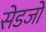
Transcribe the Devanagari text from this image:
सेडजो